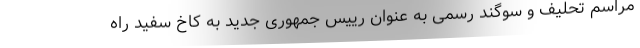
مراسم تحلیف و سوگند رسمی به عنوان رییس جمهوری جدید به کاخ سفید راه